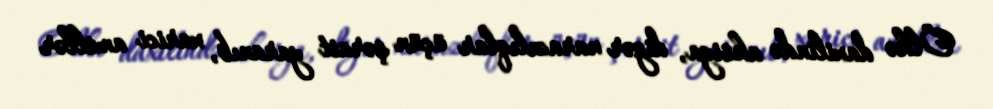
Ölkə daxilində aksiya, digər narazılıqlar üçün şərait yaranıb, xarici amillər